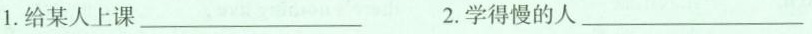
1.给某人上课 ___ 2.学得慢的人___